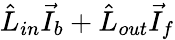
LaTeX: \hat{L}_{in}\vec{I}_{b}+\hat{L}_{out}\vec{I}_{f}